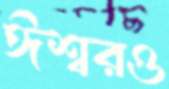
ঈশ্বরও